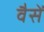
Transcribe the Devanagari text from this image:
वैसें